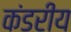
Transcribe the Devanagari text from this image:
कंडरीय